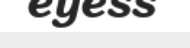
eyess